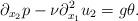
LaTeX: \begin{align*} \partial_{x_2}p-\nu\partial_{x_1}^2u_2 = g\theta.\end{align*}